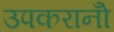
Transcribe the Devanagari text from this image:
उपकरानोँ